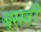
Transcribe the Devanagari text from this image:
बूसवीं